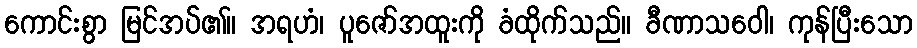
ကောင်းစွာ မြင်အပ်၏။ အရဟံ၊ ပူဇော်အထူးကို ခံထိုက်သည်။ ခီဏာသဝေါ၊ ကုန်ပြီးသော